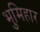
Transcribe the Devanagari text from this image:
भुमिहार